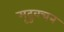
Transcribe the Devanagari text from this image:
मृदुवचन